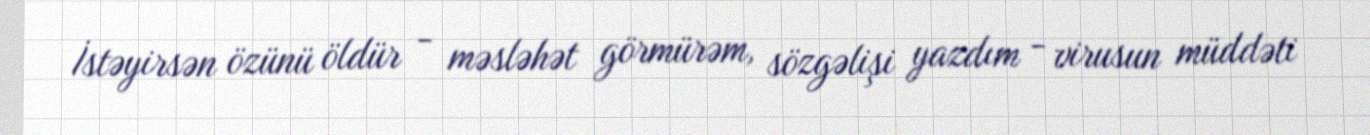
İstəyirsən özünü öldür - məsləhət görmürəm, sözgəlişi yazdım - virusun müddəti